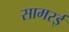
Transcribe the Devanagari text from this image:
सामरई